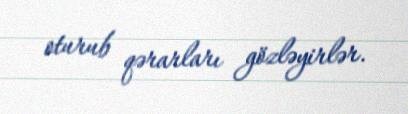
oturub qərarları gözləyirlər.